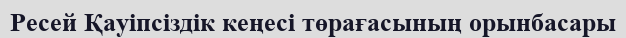
Ресей Қауіпсіздік кеңесі төрағасының орынбасары